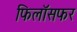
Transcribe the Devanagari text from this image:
फिलॉसफर